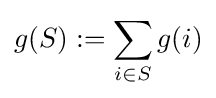
g(S):=\sum _{i\in S}g(i)